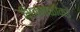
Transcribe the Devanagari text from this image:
भिकबाळीकडे